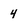
Character: 4